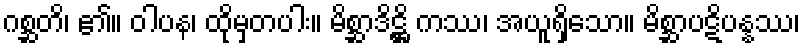
ဂစ္ဆတိ၊ ၏။ ဝါပန၊ ထိုမှတပါး။ မိစ္ဆာဒိဋ္ဌိ ကဿ၊ အယူရှိသော။ မိစ္ဆာပဋိပန္နဿ၊